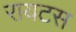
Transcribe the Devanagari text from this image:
रायटस